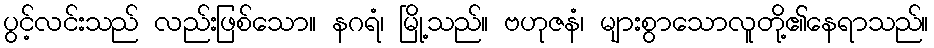
ပွင့်လင်းသည် လည်းဖြစ်သော။ နဂရံ၊ မြို့သည်။ ဗဟုဇနံ၊ များစွာသောလူတို့၏နေရာသည်။